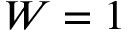
W = \boldsymbol 1